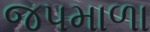
જપમાળા